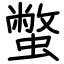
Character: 蟞